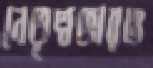
নেতৃত্বভারও